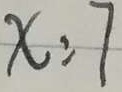
x : 7